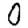
Digit: 0